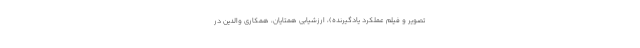
تصویر و فیلم عملکرد یادگیرنده)، ارزشیابی همتایان، همکاری والدین در